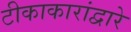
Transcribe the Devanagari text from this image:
टीकाकारांद्वारे